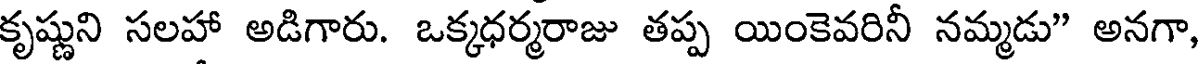
కృష్ణుని సలహా అడిగారు. ఒక్కధర్మరాజు తప్ప యింకెవరినీ నమ్మడు" అనగా,